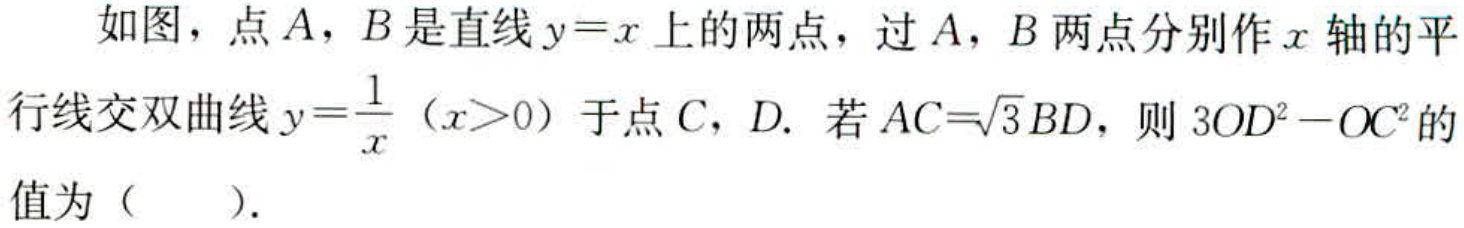
如图，点\(A\)，\(B\)是直线\(y = x\)上的两点，过\(A\)，\(B\)两点分别作\(x\)轴的平
行线交双曲线\(y=\dfrac{1}{x}\)（\(x > 0\)）于点\(C\)，\(D\). 若\(AC = \sqrt{3}BD\)，则\(3OD^{2}-OC^{2}\)的
值为（  ）.